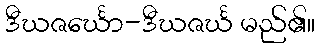
ဒီဃဇင်္ဃော-ဒီဃဇင်္ဃ မည်၏။